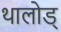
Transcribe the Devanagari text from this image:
थालोड्